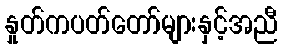
နှုတ်ကပတ်တော်များနှင့်အညီ